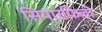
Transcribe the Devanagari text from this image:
सियारफिली